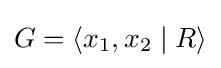
G=\langle x_{1},x_{2}\mid R\rangle